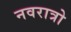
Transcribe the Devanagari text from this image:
नवरात्रो